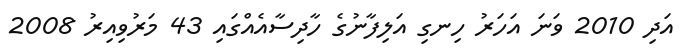
އަދި 2010 ވަނަ އަހަރު ހިނގި އަލިފާނުގެ ހާދިސާއެއްގައި 43 މަރުވިއިރު 2008